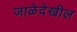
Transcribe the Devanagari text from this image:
जाळेदेखील